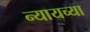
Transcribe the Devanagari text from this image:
न्यायच्या